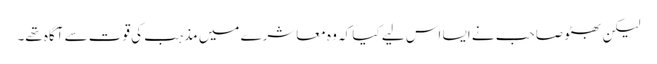
لیکن بھٹو صاحب نے ایسا اس لیے کیا کہ وہ معاشرے میں مذہب کی قوت سے آگاہ تھے۔